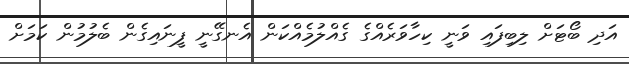
އަދި ބޯޓަށް ލިބިފައި ވަނީ ކިހާވަރެއްގެ ގެއްލުމެއްކަން އެނގޭނީ ފީނައިގެން ބެލުމުން ކަމަށް